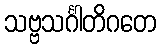
သဗ္ဗသင်္ဂါတိဂတေ